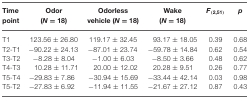
<table><thead><tr><td><b>Time point</b></td><td><b>Odor (<i>N</i> = 18)</b></td><td><b>Odorless vehicle (<i>N</i> = 18)</b></td><td><b>Wake (<i>N</i> = 18)</b></td><td><b><i>F</i><sub>(2,51)</sub></b></td><td><b><i>p</i>point</b></td></tr></thead><tbody><tr><td>T1</td><td>123.56 ± 26.80</td><td>119.17 ± 32.45</td><td>93.17 ± 18.05</td><td>0.39</td><td>0.68</td></tr><tr><td>T2-T1</td><td>−90.22 ± 24.13</td><td>−87.01 ± 23.74</td><td>−59.78 ± 14.84</td><td>0.62</td><td>0.54</td></tr><tr><td>T3-T2</td><td>−8.28 ± 8.04</td><td>−1.00 ± 6.03</td><td>−8.50 ± 3.66</td><td>0.48</td><td>0.62</td></tr><tr><td>T4-T3</td><td>10.28 ± 11.71</td><td>20.00 ± 12.02</td><td>20.28 ± 9.51</td><td>0.26</td><td>0.77</td></tr><tr><td>T5-T4</td><td>−29.83 ± 7.86</td><td>−30.94 ± 15.69</td><td>−33.44 ± 42.14</td><td>0.03</td><td>0.98</td></tr><tr><td>T5-T2</td><td>−27.83 ± 6.92</td><td>−11.94 ± 11.55</td><td>−21.67 ± 27.12</td><td>0.87</td><td>0.43</td></tr></tbody></table>